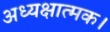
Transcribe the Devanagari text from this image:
अध्यक्षात्मक।